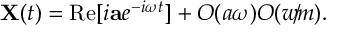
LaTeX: { \bf X } ( t ) = \mathrm { R e } [ i { \bf a } e ^ { - i \omega t } ] + O ( a \omega ) O ( w \! / \! m ) .